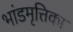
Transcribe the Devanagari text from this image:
भांडमृत्तिका